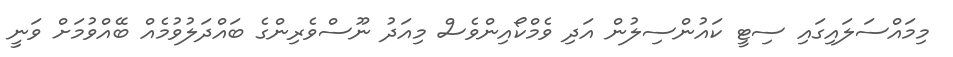
މިމައްސަލައިގައި ސިޓީ ކައުންސިލުން އަދި ވެމްކޯއިންވެސް މިއަދު ނޫސްވެރިންގެ ބައްދަލުވުމެއް ބޭއްވުމަށް ވަނީ